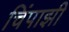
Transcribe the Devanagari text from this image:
चिंपाझी